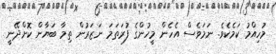
މުހިއްމު ކަމެކެވެ. ނަމަވެސް އެހެން މީހުންގެ ފުރަތަމަ ނަޒަރުން ތިމާ ބަޔާން ކޮށްދޭނީ